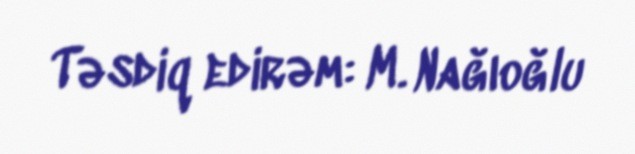
Təsdiq edirəm: M. Nağıoğlu